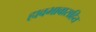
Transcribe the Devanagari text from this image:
हावभावासहित